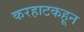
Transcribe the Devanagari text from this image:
करहाटकहून